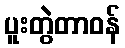
ပူးတွဲတာဝန်